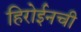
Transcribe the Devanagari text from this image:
हिरोईनची